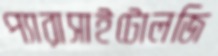
প্যারাসাইটোলজি